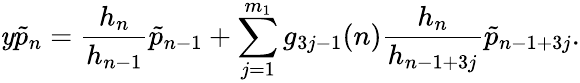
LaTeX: \mathit{y}\tilde{{p}}_{n}=\frac{{h_{n}}}{{h_{n-1}}}\tilde{{p}}_{n-1}+\sum_{j=1}^{m_{1}}g_{3j-1}(n)\frac{{h_{n}}}{{h_{n-1+3j}}}\tilde{{p}}_{n-1+3j}.